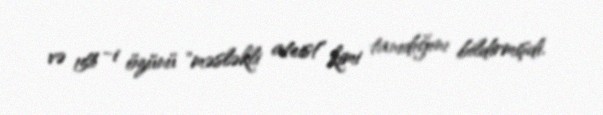
və 15% -i özünü "məsləkli ateist" kimi tanıdığını bildirmişdi.